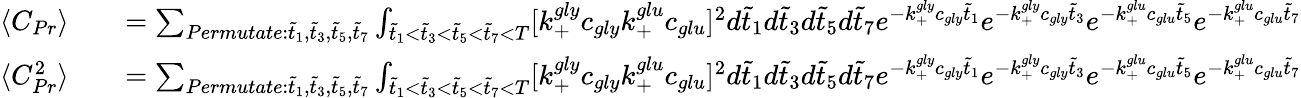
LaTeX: \begin{array}{rlr}{\langle C_{Pr}\rangle}&{{}}&{=\sum_{Permutate:\tilde{t}_{1},\tilde{t}_{3},\tilde{t}_{5},\tilde{t}_{7}}\int_{\tilde{t}_{1}<\tilde{t}_{3}<\tilde{t}_{5}<\tilde{t}_{7}<T}[k_{+}^{gly}c_{gly}k_{+}^{glu}c_{glu}]^{2}d\tilde{t}_{1}d\tilde{t}_{3}d\tilde{t}_{5}d\tilde{t}_{7}e^{-k_{+}^{gly}c_{gly}\tilde{t}_{1}}e^{-k_{+}^{gly}c_{gly}\tilde{t}_{3}}e^{-k_{+}^{glu}c_{glu}\tilde{t}_{5}}e^{-k_{+}^{glu}c_{glu}\tilde{t}_{7}}}\\ {\langle C_{Pr}^{2}\rangle}&{{}}&{=\sum_{Permutate:\tilde{t}_{1},\tilde{t}_{3},\tilde{t}_{5},\tilde{t}_{7}}\int_{\tilde{t}_{1}<\tilde{t}_{3}<\tilde{t}_{5}<\tilde{t}_{7}<T}[k_{+}^{gly}c_{gly}k_{+}^{glu}c_{glu}]^{2}d\tilde{t}_{1}d\tilde{t}_{3}d\tilde{t}_{5}d\tilde{t}_{7}e^{-k_{+}^{gly}c_{gly}\tilde{t}_{1}}e^{-k_{+}^{gly}c_{gly}\tilde{t}_{3}}e^{-k_{+}^{glu}c_{glu}\tilde{t}_{5}}e^{-k_{+}^{glu}c_{glu}\tilde{t}_{7}}}\end{array}